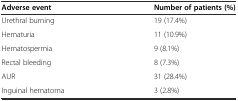
| Adverse event | Number of patients (%) |
 | --- | --- |
 | Urethral burning | 19 (17.4%) |
 | Hematuria | 11 (10.9%) |
 | Hematospermia | 9 (8.1%) |
 | Rectal bleeding | 8 (7.3%) |
 | AUR | 31 (28.4%) |
 | Inguinal hematoma | 3 (2.8%) |